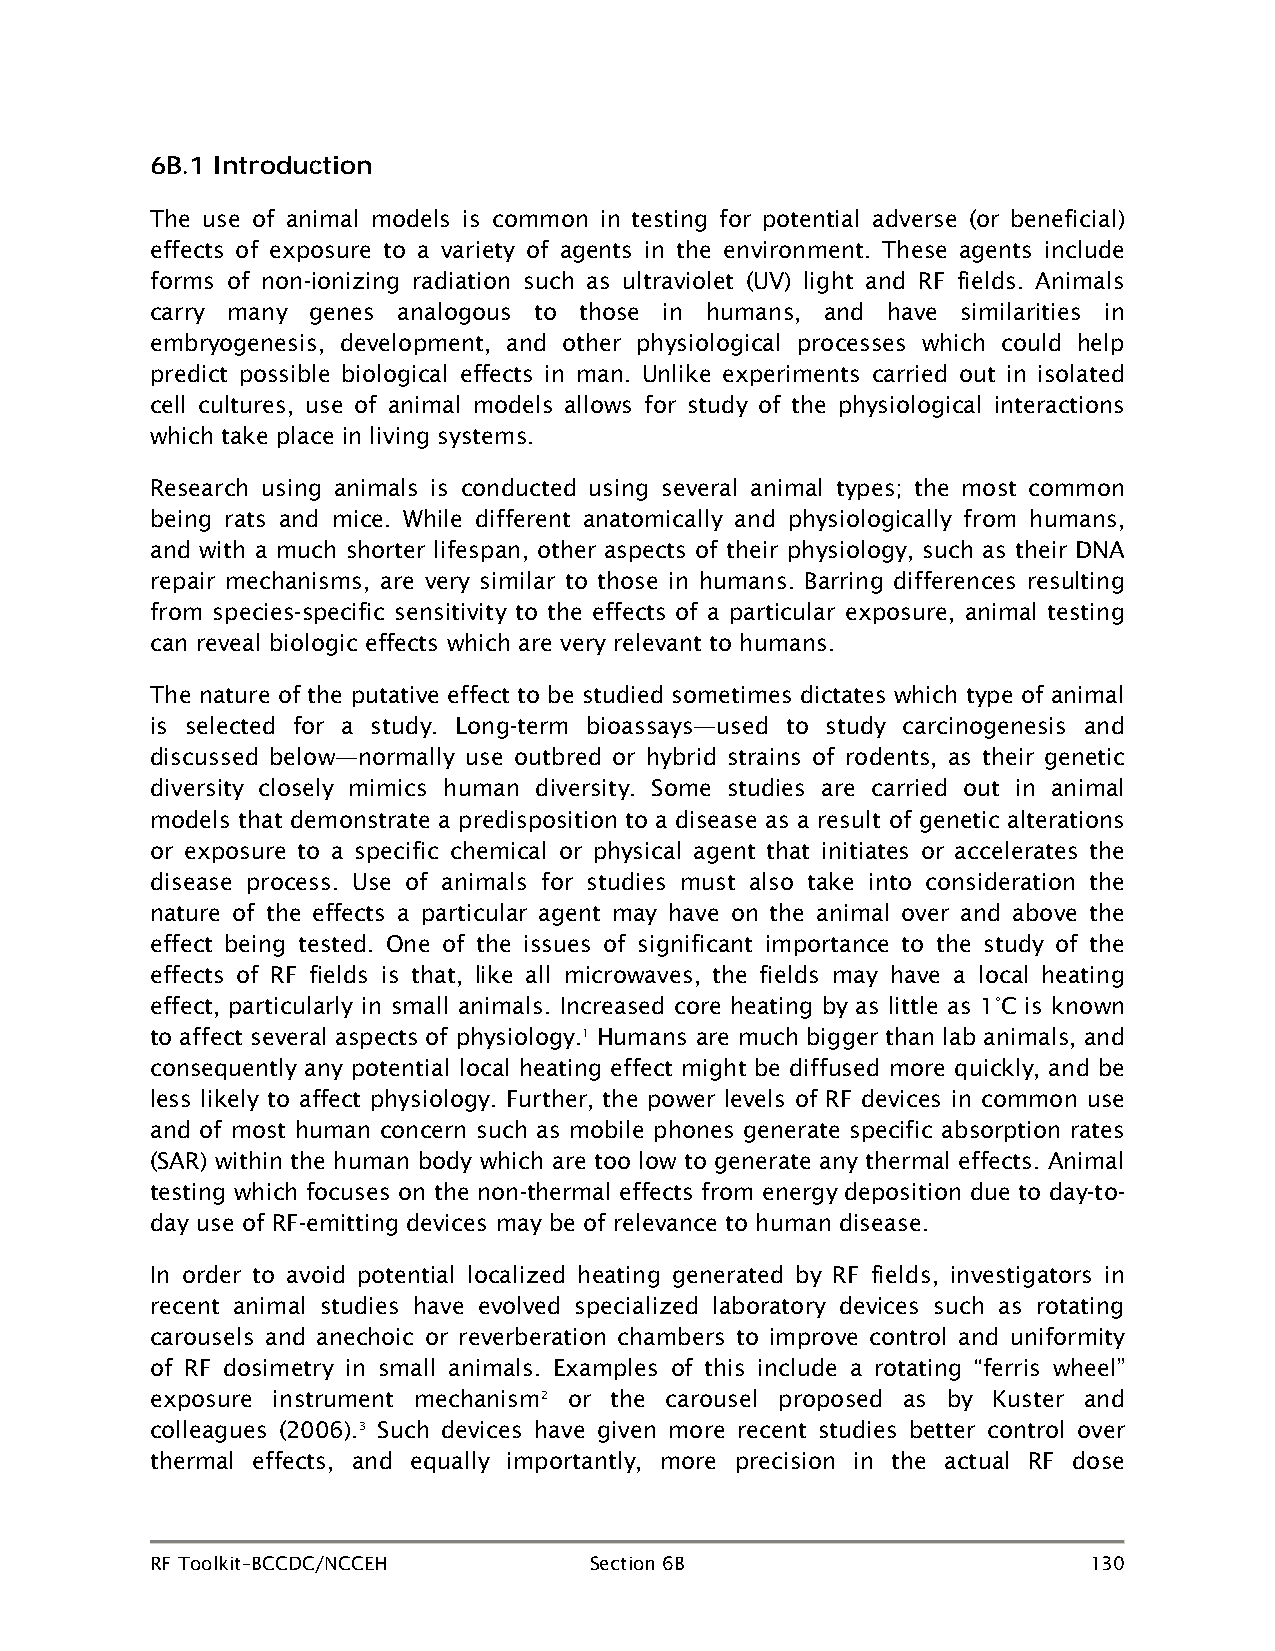
6B.1 Introduction
 The use of animal models is common in testing for potential adverse (or beneficial)
 effects of exposure to a variety of agents in the environment. These agents include
 forms of non-ionizing radiation such as ultraviolet (UV) light and RF fields. Animals
 carry many genes analogous to those in humans, and have similarities in
 embryogenesis, development, and other physiological processes which could help
 predict possible biological effects in man. Unlike experiments carried out in isolated
 cell cultures, use of animal models allows for study of the physiological interactions
 which take place in living systems.
 Research using animals is conducted using several animal types; the most common
 being rats and mice. While different anatomically and physiologically from humans,
 and with a much shorter lifespan, other aspects of their physiology, such as their DNA
 repair mechanisms, are very similar to those in humans. Barring differences resulting
 from species-specific sensitivity to the effects of a particular exposure, animal testing
 can reveal biologic effects which are very relevant to humans.
 The nature of the putative effect to be studied sometimes dictates which type of animal
 is selected for a study. Long-term bioassays—used to study carcinogenesis and
 discussed below—normally use outbred or hybrid strains of rodents, as their genetic
 diversity closely mimics human diversity. Some studies are carried out in animal
 models that demonstrate a predisposition to a disease as a result of genetic alterations
 or exposure to a specific chemical or physical agent that initiates or accelerates the
 disease process. Use of animals for studies must also take into consideration the
 nature of the effects a particular agent may have on the animal over and above the
 effect being tested. One of the issues of significant importance to the study of the
 effects of RF fields is that, like all microwaves, the fields may have a local heating
 effect, particularly in small animals. Increased core heating by as little as 1°C is known
 to affect several aspects of physiology.1 Humans are much bigger than lab animals, and
 consequently any potential local heating effect might be diffused more quickly, and be
 less likely to affect physiology. Further, the power levels of RF devices in common use
 and of most human concern such as mobile phones generate specific absorption rates
 (SAR) within the human body which are too low to generate any thermal effects. Animal
 testing which focuses on the non-thermal effects from energy deposition due to day-to-
 day use of RF-emitting devices may be of relevance to human disease.
 In order to avoid potential localized heating generated by RF fields, investigators in
 recent animal studies have evolved specialized laboratory devices such as rotating
 carousels and anechoic or reverberation chambers to improve control and uniformity
 of RF dosimetry in small animals. Examples of this include a rotating “ferris wheel”
 exposure instrument mechanism2 or the carousel proposed as by Kuster and
 colleagues (2006).3 Such devices have given more recent studies better control over
 thermal effects, and equally importantly, more precision in the actual RF dose
 RF Toolkit–BCCDC/NCCEH       Section 6B                       130